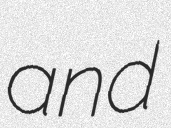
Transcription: and